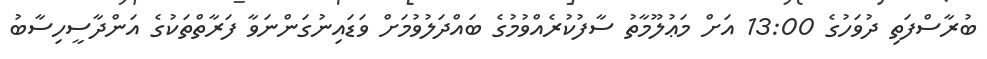
ބުރާސްފަތި ދުވަހުގެ 13:00 އަށް މަޢުލޫމާތު ސާފުކުރެއްވުމުގެ ބައްދަލުވުމަށް ވަޑައިނުގަންނަވާ ފަރާތްތަކުގެ އަންދާސީހިސާބު